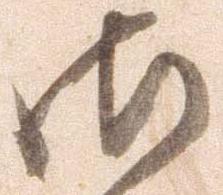
御